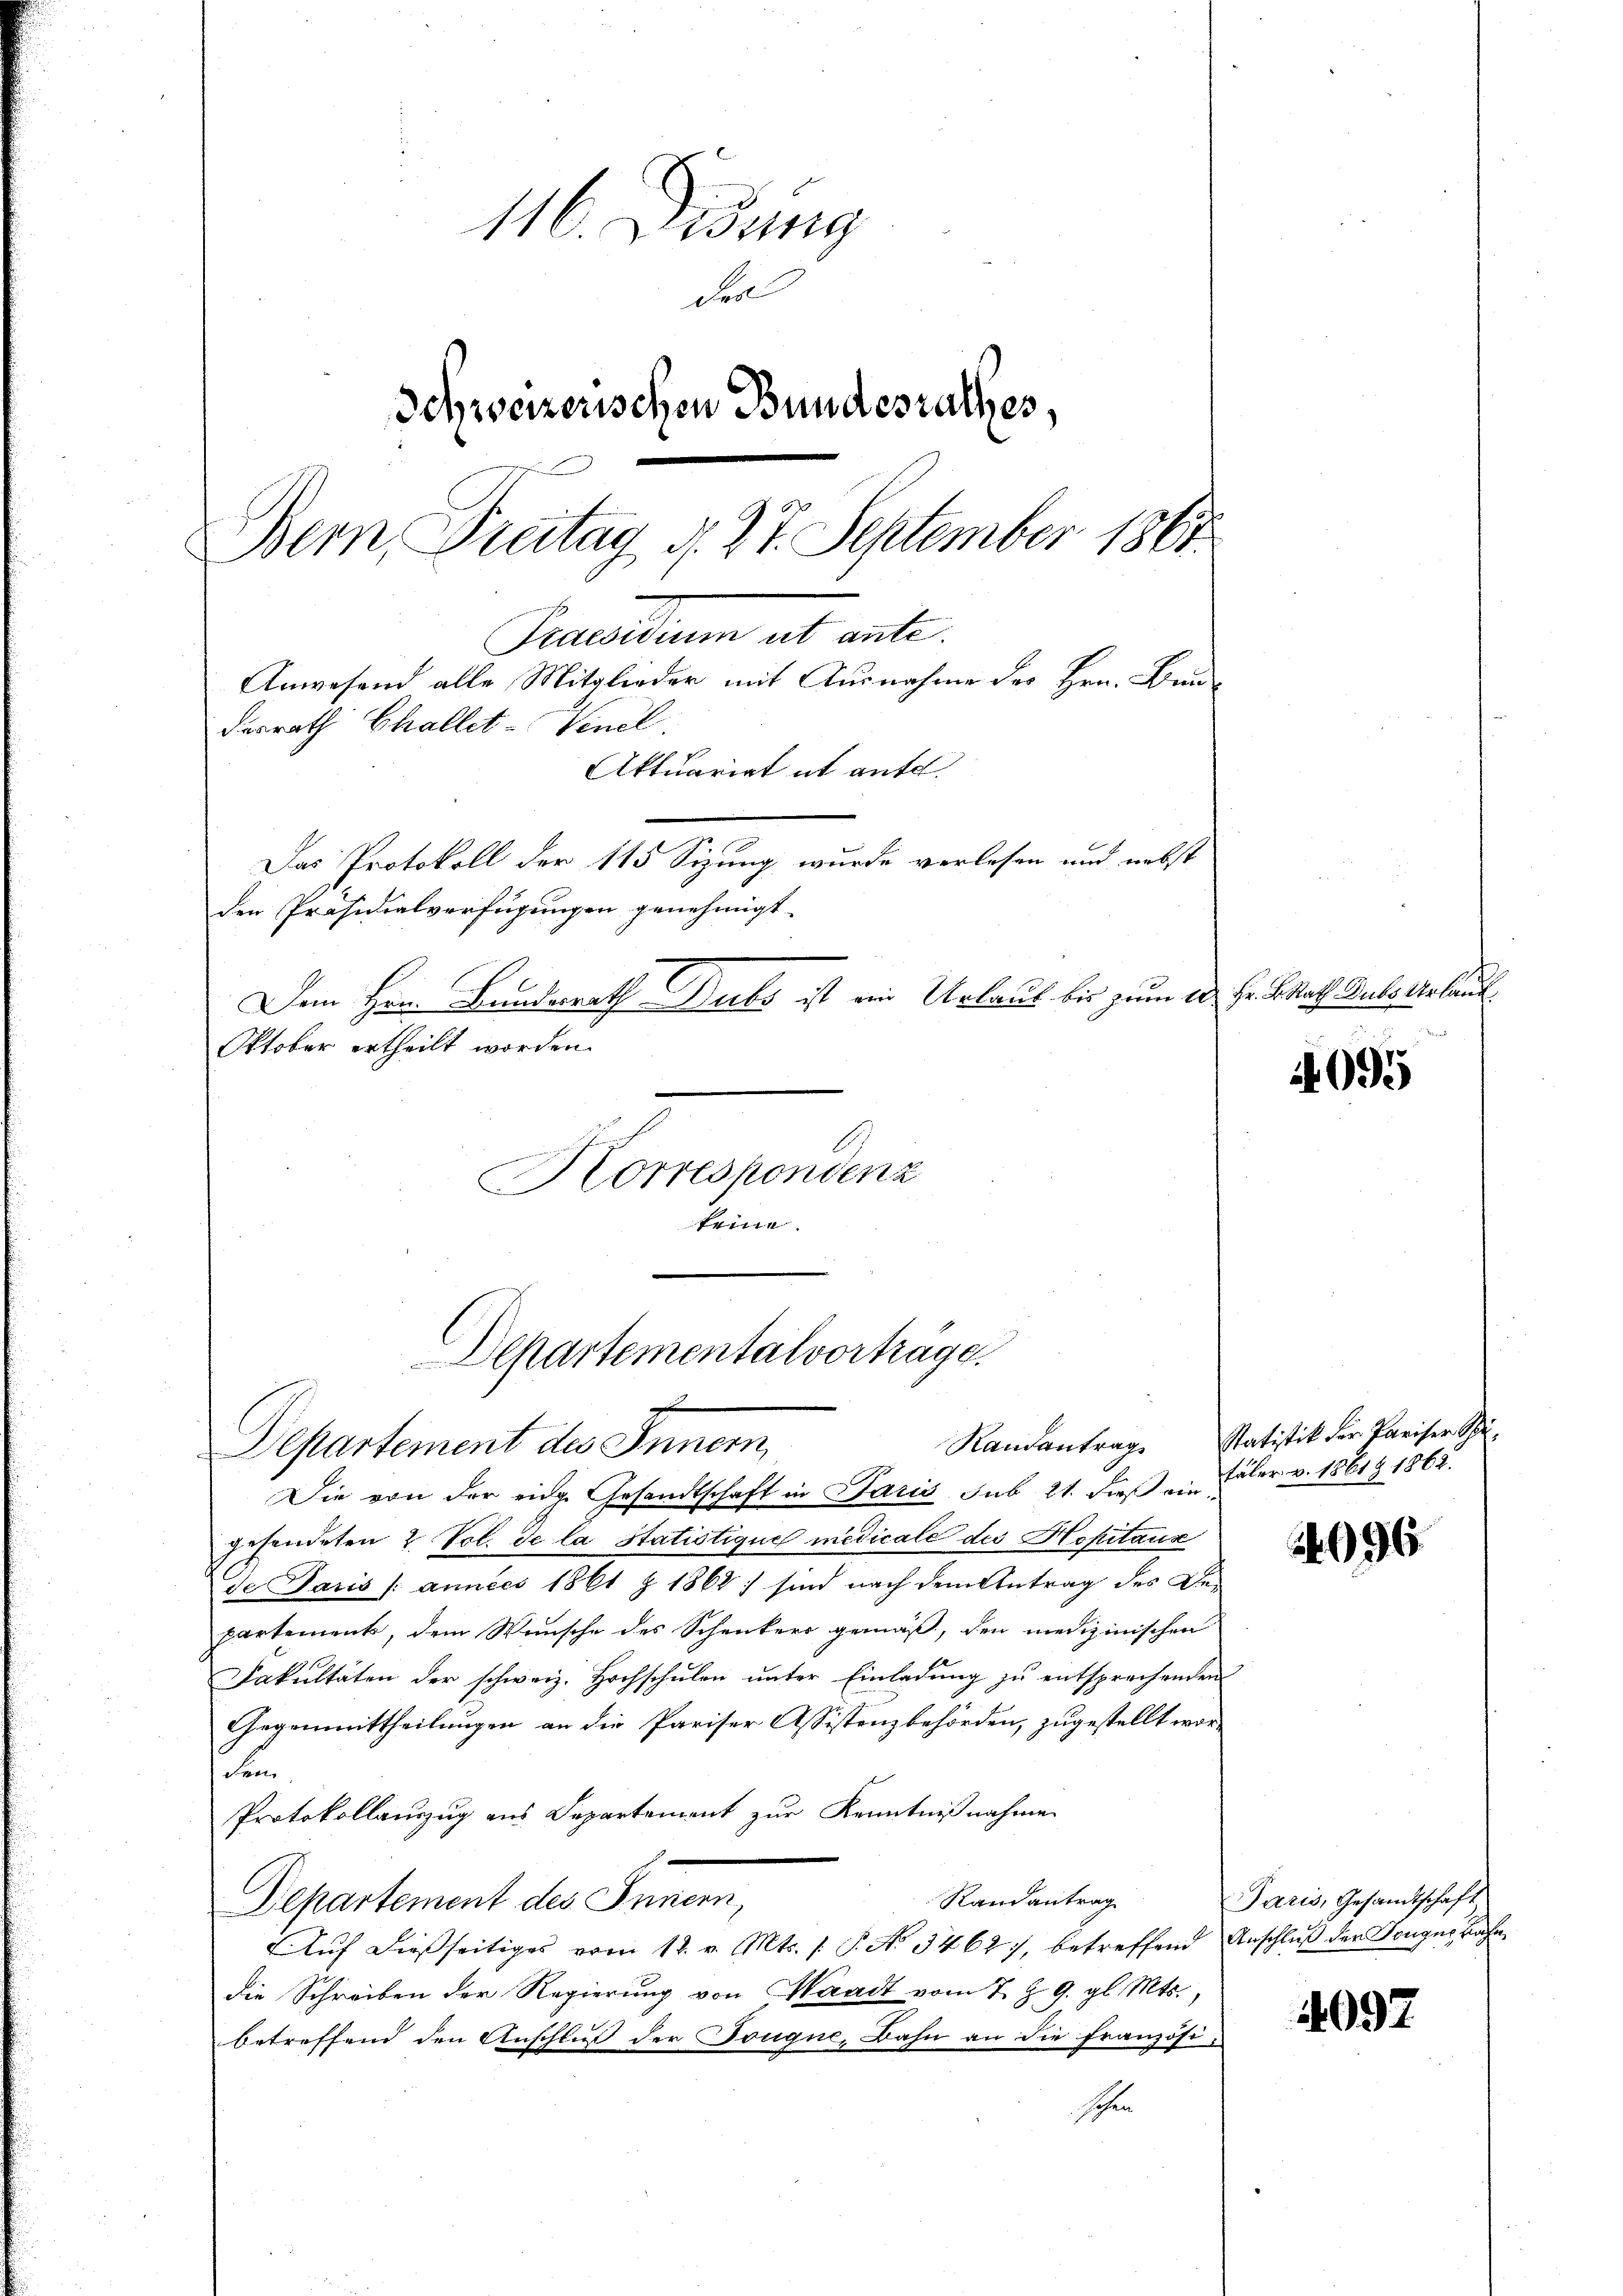
116. Didung
der
Schweizerischen Bundesrathes,
Bern Freitag, d. 27. September 1861
Practum ab ante
Anwesend alle Mitglieder mit Ausnahme des Hrn. Baudesrath Challet-Venel
Aktuariat it aufe.
Das Protokoll der 115 Sizung wurde verlesen und nebst
den Präsidialverfügungen genehmigt.
Dem Hrn. Bauterrath Ducks ist von Urlaub bis zum 20. Fr. K. Rath Guts Urlaut
Oktober ertheilt worden.
Korrespondenz
keine

Departementalvorträge.
7
Departement des Innern,

Die von der eidg. Gesandtschaft in Paris sub 21. dieβ an (über v. 1861 1862.
gehendeten 2 Vol. de la Statistique medicale des Hopitaus
de Paris /: années 1861 § 1862 sind nach dem Antrag des De-
partement, dem Wunsche des Schenkers gemäß, den medizinischen
Fakultäten der schweiz. Hochschulen unter Einladung zu entsprechenden
Gegenmittheilungen an die Pariser Assistenzbehörden, zugestellt worden
Protokollauszug aus Departement zur Kenntnißnahme
Randantrag
Departement des Innern,
Aŭf dießseitiges vom 12. v. Mts. /: P. No 3462), betreffend Anschluß der Tonger Bahndie Schreiben der Regierung von Waadt vom 7. Z. 9. gl. Mts.,
betreffend den Anschluß der Tougne, Bahn an die Französi-
schen

4095

Randantrag. Statistik der Pariser Schü-

2096

Paris, Gesandtschaft

1097